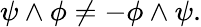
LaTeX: \psi\wedge\phi\neq-\phi\wedge\psi.